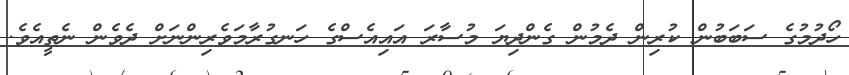
ހޯދުމުގެ ސަބަބުން ކުރިން ދެމުން ގެންދިޔަ މުސާރަ އައިއެސްގެ ހަނގުރާމަވެރިންނަށް ދެވެން ނެތީއެވެ.